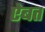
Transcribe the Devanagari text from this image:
ऐबत